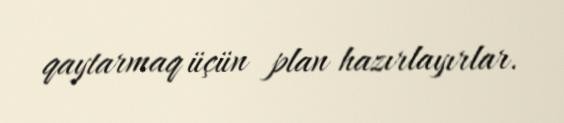
qaytarmaq üçün plan hazırlayırlar.